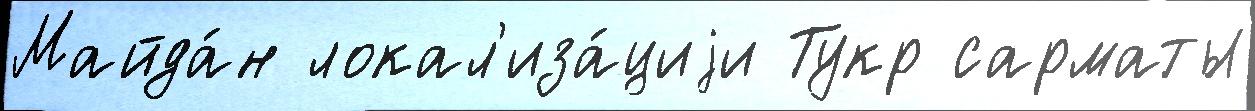
Майда́н локал'иза́циjи Тукр сарматы